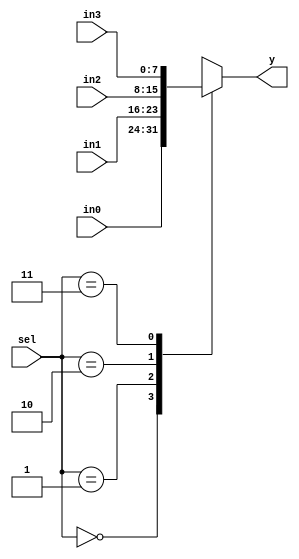
module mux_4_8
(
    input      [1:0] sel,
    input      [7:0] in0,
    input      [7:0] in1,
    input      [7:0] in2,
    input      [7:0] in3,
    output reg [7:0] y
);

always @(*) begin
    case (sel)
        2'd0: y = in0;
        2'd1: y = in1;
        2'd2: y = in2;
        2'd3: y = in3;
    endcase
end

endmodule